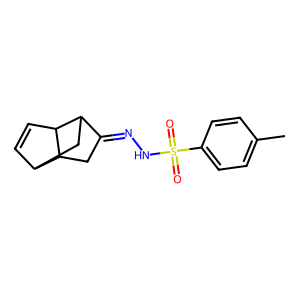
SMILES: Cc1ccc(S(=O)(=O)NN=C2CC3C4C=CC3C2C4)cc1
Inhibits HIV replication: No